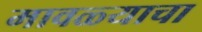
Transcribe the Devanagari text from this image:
मावळ्याचा